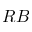
R B